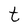
Character: t